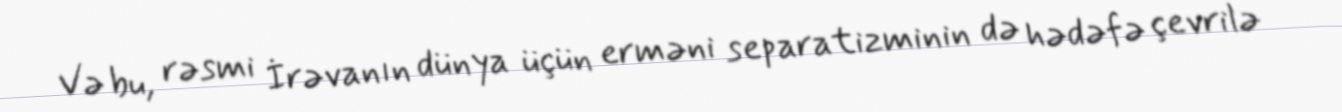
Və bu, rəsmi İrəvanın dünya üçün erməni separatizminin də hədəfə çevrilə